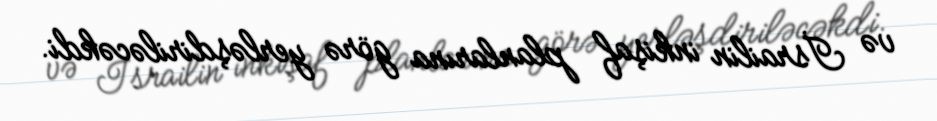
və İsrailin inkişaf planlarına görə yerləşdiriləcəkdi.